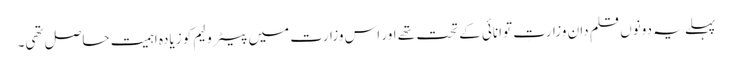
پہلے یہ دونوں قلم دان وزارتِ توانائی کے تحت تھے اور اس وزارت میں پیٹرولیم کو زیادہ اہمیت حاصل تھی۔